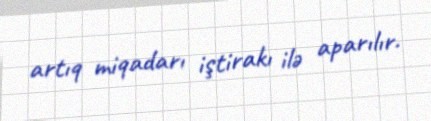
artıq miqadarı iştirakı ilə aparılır.